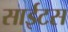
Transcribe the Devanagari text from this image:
साईटस